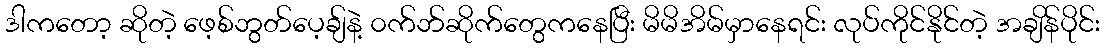
ဒါကတော့ ဆိုတဲ့ ဖေ့စ်ဘွတ်ပေ့ချ်နဲ့ ၀က်ဘ်ဆိုက်တွေကနေပြီး မိမိအိမ်မှာနေရင်း လုပ်ကိုင်နိုင်တဲ့ အချိန်ပိုင်း